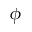
\phi